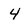
Character: 4